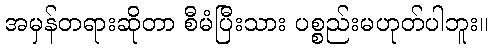
အမှန်တရားဆိုတာ စီမံပြီးသား ပစ္စည်းမဟုတ်ပါဘူး။